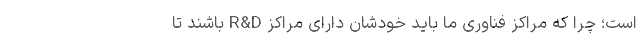
است؛ چرا که مراکز فناوری ما باید خودشان دارای مراکز R&D باشند تا